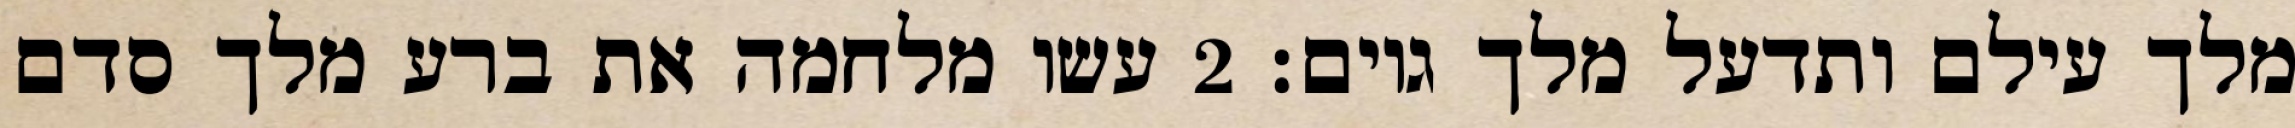
מלך עילם ותדעל מלך גוים׃ ‎2‏ עשו מלחמה את ברע מלך סדם